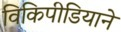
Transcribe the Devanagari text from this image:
विकिपीडियाने